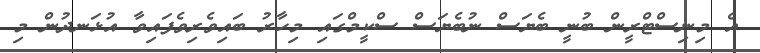
އެ މިނިސްޓްރީން ބުނީ ބެޔަސް ނުބެޔަސް ސްކީމްގައި މިހާރު ބައިވެރިވެފައިވާ އުޅަނދުން މި